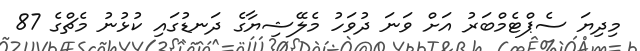
މިދިޔަ ސެޕްޓެމްބަރު އަށް ވަނަ ދުވަހު މެލޭޝިޔާގެ ދަނޑުގައި ކުޅުނު މެޗްގެ 87